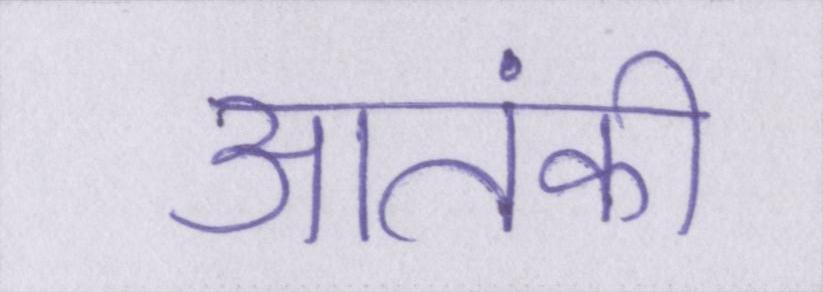
आतंकी